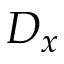
D _ { x }